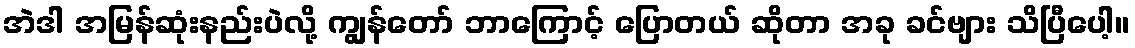
အဲဒါ အမြန်ဆုံးနည်းပဲလို့ ကျွန်တော် ဘာကြောင့် ပြောတယ် ဆိုတာ အခု ခင်ဗျား သိပြီပေါ့။